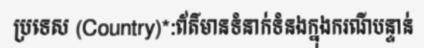
ប្រទេស (Country)*:ព័ត៌មានទំនាក់ទំនងក្នុងករណីបន្ទាន់